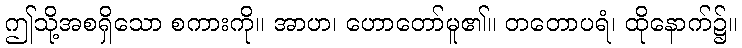
ဤသို့အစရှိသော စကားကို။ အာဟ၊ ဟောတော်မူ၏။ တတောပရံ၊ ထိုနောက်၌။